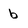
Character: b